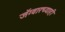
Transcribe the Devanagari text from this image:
जॅग्वारच्याही